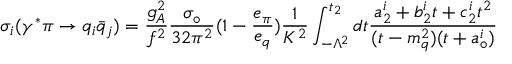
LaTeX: \sigma _ { i } ( \gamma ^ { * } \pi \rightarrow q _ { i } \bar { q } _ { j } ) = \frac { g _ { A } ^ { 2 } } { f ^ { 2 } } \frac { \sigma _ { \circ } } { 3 2 \pi ^ { 2 } } ( 1 - \frac { e _ { \pi } } { e _ { q } } ) \frac { 1 } { K ^ { 2 } } \int _ { - \Lambda ^ { 2 } } ^ { t _ { 2 } } d t \frac { a _ { 2 } ^ { i } + b _ { 2 } ^ { i } t + c _ { 2 } ^ { i } t ^ { 2 } } { ( t - m _ { q } ^ { 2 } ) ( t + a _ { \circ } ^ { i } ) }